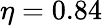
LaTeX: \eta=0.84